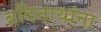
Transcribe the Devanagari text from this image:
ब्रदिनाथांना